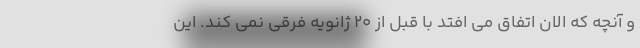
و آنچه که الان اتفاق می افتد با قبل از ۲۰ ژانویه فرقی نمی کند. این